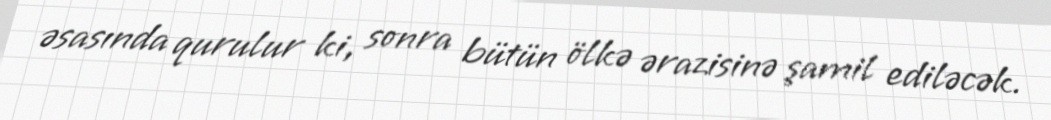
əsasında qurulur ki, sonra bütün ölkə ərazisinə şamil ediləcək.